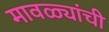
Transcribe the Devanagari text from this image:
मावळ्यांची